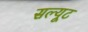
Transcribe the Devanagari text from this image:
सल्यूट